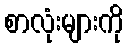
စာလုံးများကို